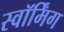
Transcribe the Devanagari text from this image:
स्वॉर्मिंग